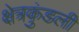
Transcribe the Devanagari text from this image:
क्षेत्रकुंडली